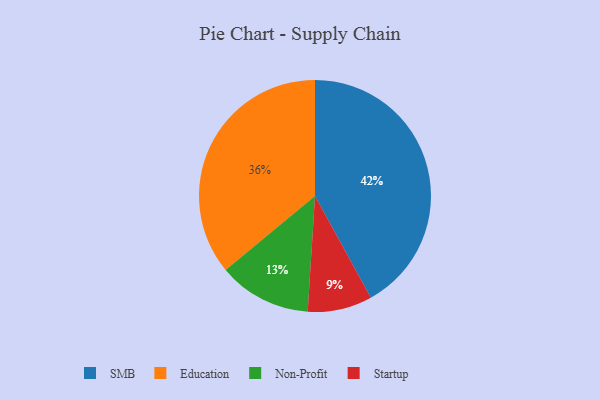
{"axis": {"x": "Category", "y": "Percentage"}, "legend": ["Education", "Non-Profit", "SMB", "Startup"], "data": [{"x": "Startup", "y": 9, "type": "Startup"}, {"x": "Non-Profit", "y": 13, "type": "Non-Profit"}, {"x": "SMB", "y": 42, "type": "SMB"}, {"x": "Education", "y": 36, "type": "Education"}]}